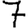
Digit: 7